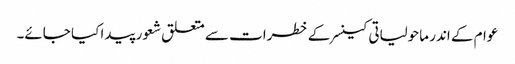
عوام کے اندر ماحولیاتی کینسر کے خطرات سے متعلق شعور پیدا کیا جائے۔